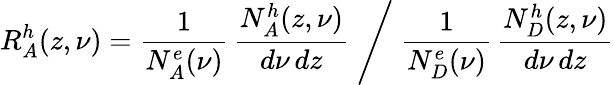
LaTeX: R_{A}^{h}(z,\nu)=\frac{1}{N_{A}^{e}(\nu)}\, \frac{N_{A}^{h}(z,\nu)}{d\nu\, dz}\Biggm/\frac{1}{N_{D}^{e}(\nu)}\, \frac{N_{D}^{h}(z,\nu)}{d\nu\, dz}